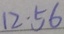
1 2 \cdot 5 6